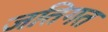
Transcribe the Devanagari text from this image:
जतिगत